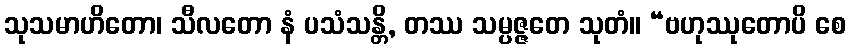
သုသမာဟိတော၊ သီလတော နံ ပသံသန္တိ, တဿ သမ္ပဇ္ဇတေ သုတံ။ “ဗဟုဿုတောပိ စေ